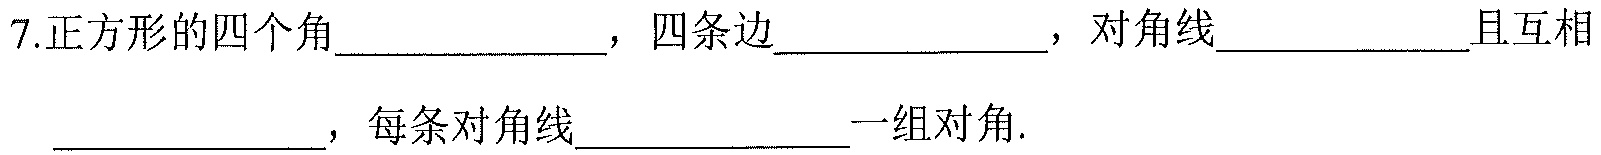
7.正方形的四个角___________，四条边___________，对角线__________且互相___________，每条对角线___________一组对角.